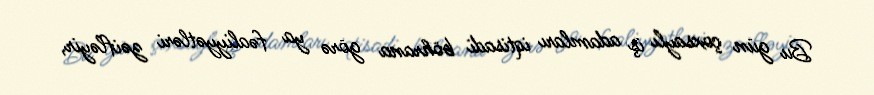
Bu gün çoxsaylı iş adamları iqtisadi böhrana görə ya fəaliyyətləri zəifləyir,